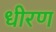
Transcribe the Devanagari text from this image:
धीरण